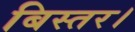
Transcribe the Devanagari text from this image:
बिस्तर।